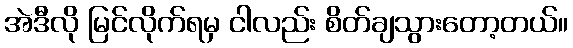
အဲဒီလို မြင်လိုက်ရမှ ငါလည်း စိတ်ချသွားတော့တယ်။